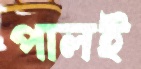
পালই